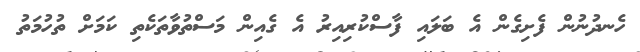
ހެނދުނުން ފެށިގެން އެ ބަލައި ފާސްކުރިއިރު އެ ގެއިން މަސްތުވާތަކެތި ކަމަށް ތުހުމަތު